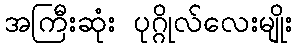
အကြီးဆုံး ပုဂ္ဂိုလ်လေးမျိုး